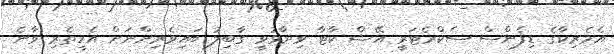
އެމެރިކާގެ ޑިފެންސް ސެކްރެޓަރީ އޭޝް ކާޓާ ވިދާޅުވީ ގާބިލު ބައިވެރިންނަށް އެހީތެރި ވާނެ